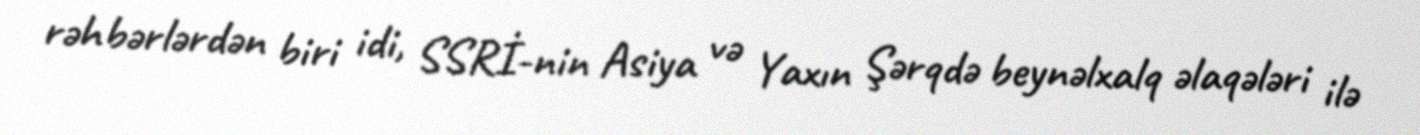
rəhbərlərdən biri idi, SSRİ-nin Asiya və Yaxın Şərqdə beynəlxalq əlaqələri ilə